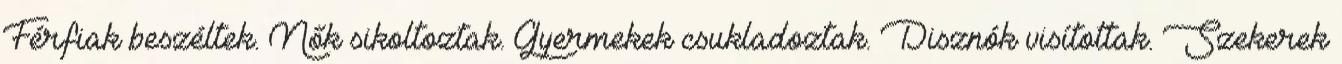
Férfiak beszéltek. Nők sikoltoztak. Gyermekek csukladoztak. Disznók visítottak. Szekerek